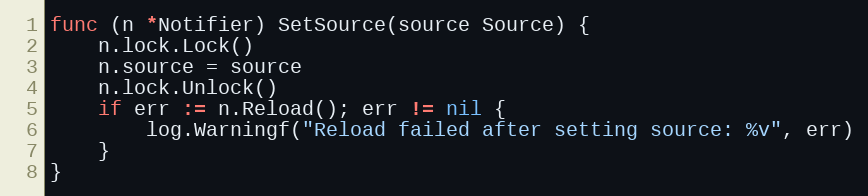
Language: Go
func (n *Notifier) SetSource(source Source) {
	n.lock.Lock()
	n.source = source
	n.lock.Unlock()
	if err := n.Reload(); err != nil {
		log.Warningf("Reload failed after setting source: %v", err)
	}
}